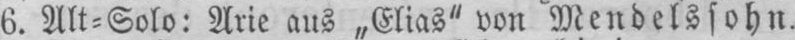
6. Alt⸗Solo: Arie aus „Elias“ von Mendelssohn.